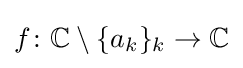
f\colon \mathbb {C} \setminus \{a_{k}\}_{k}\rightarrow \mathbb {C}